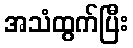
အသံထွက်ပြီး